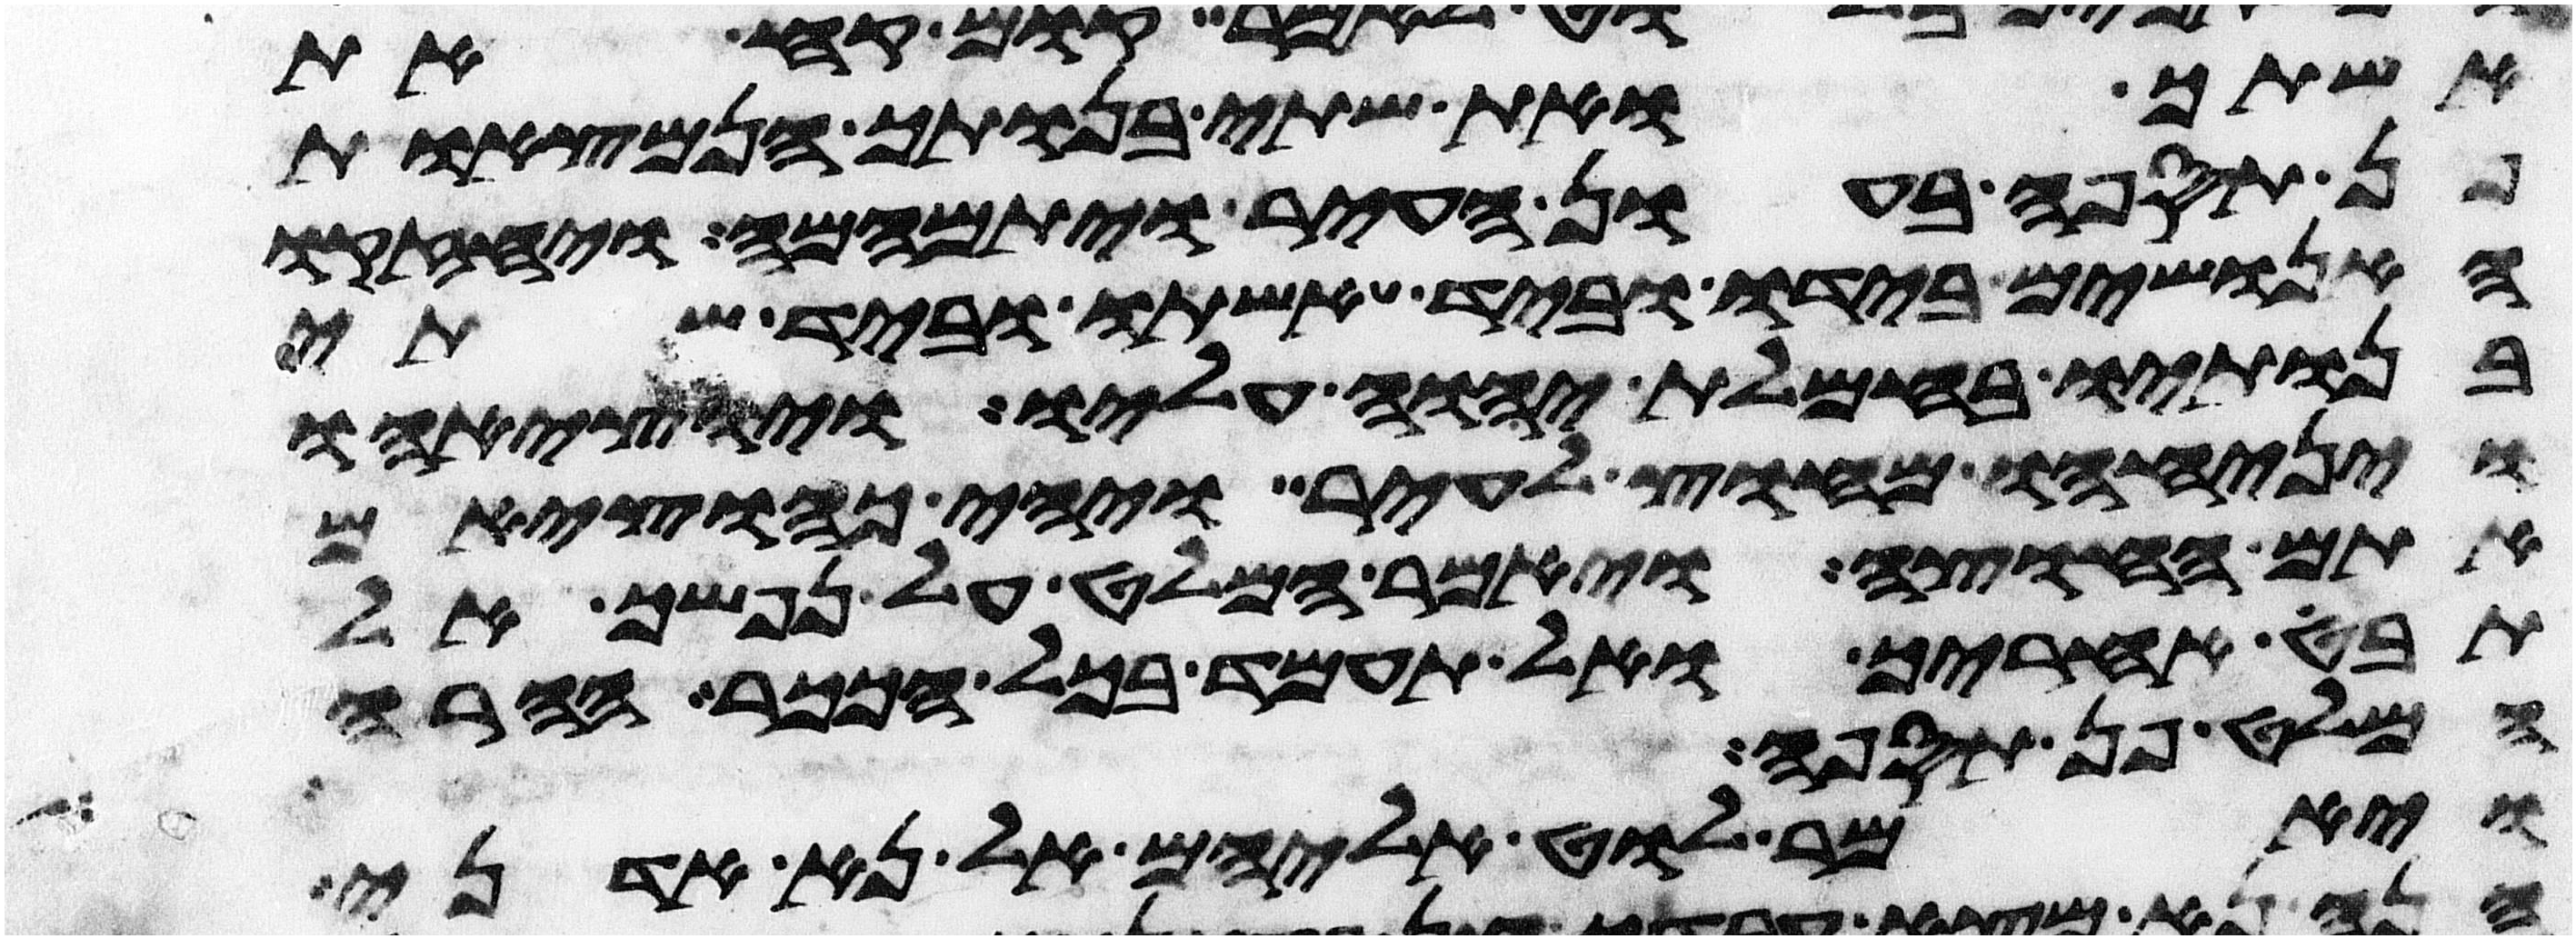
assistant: אשתך ואת שתי בנתיך הנמצאות
פן תספה בעון העיר ויתמהמה ויחזקו
האנושים בידו וביד אשתו וביד שתי
בנתיו בחמלת יהוה עליו ויוציאהו
ויניחהו מחוץ לעיר ויהי כהוציאם
אתם החוצה ויאמר המלט על נפשך אל
תבט אחריך ואל תעמד בכל הככר ההרה
המלט פן תספה
ויאמר לוט אליהם אל נא אדני